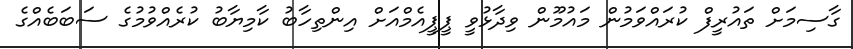
ގާސިމަށް ތައުރީފް ކުރައްވަމުން މައުމޫން ވިދާޅުވީ ޕީޕީއެމްއަށް އިންތިހާބު ކާމިޔާބު ކުރެއްވުމުގެ ސަބަބެއްގެ